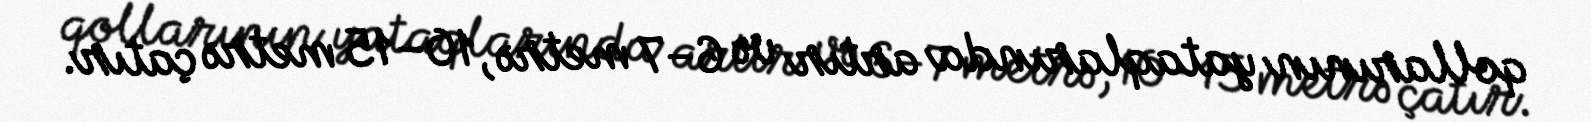
qollarının yataqlarında artır və 6–7 metrə, 10–15 metrə çatır.